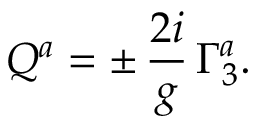
Q ^ { a } = \pm \, { \frac { 2 i } { g } } \, \Gamma _ { 3 } ^ { a } .